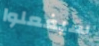
سيفعلوا